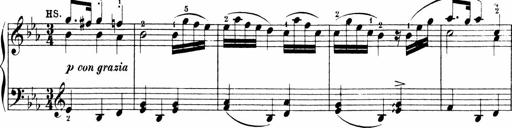
Title: 6 Sonatinas
Composer: Carl Reinecke